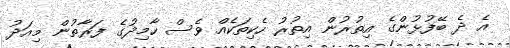
އެ ދެ ބޭފުޅުންގެ އިތުރުން އިތުރު ހެކިތަކެއް ވެސް ހާމިދުގެ ފަރާތުން މިއަދު